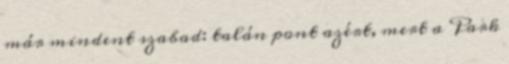
már mindent szabad: talán pont azért, mert a Park